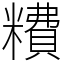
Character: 䊧